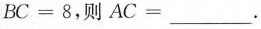
$$B C = 8$$，则$$A C =$$___.